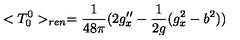
< T _ { 0 } ^ { 0 } > _ { r e n } = { \frac { 1 } { 4 8 \pi } } ( 2 g _ { x } ^ { \prime \prime } - { \frac { 1 } { 2 g } } ( g _ { x } ^ { 2 } - b ^ { 2 } ) )